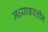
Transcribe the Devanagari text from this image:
मध्याकालीन